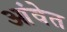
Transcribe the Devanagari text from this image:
आंवेत